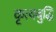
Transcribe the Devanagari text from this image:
कृत्यबुद्धि